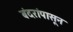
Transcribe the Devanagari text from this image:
बंदरांपासून